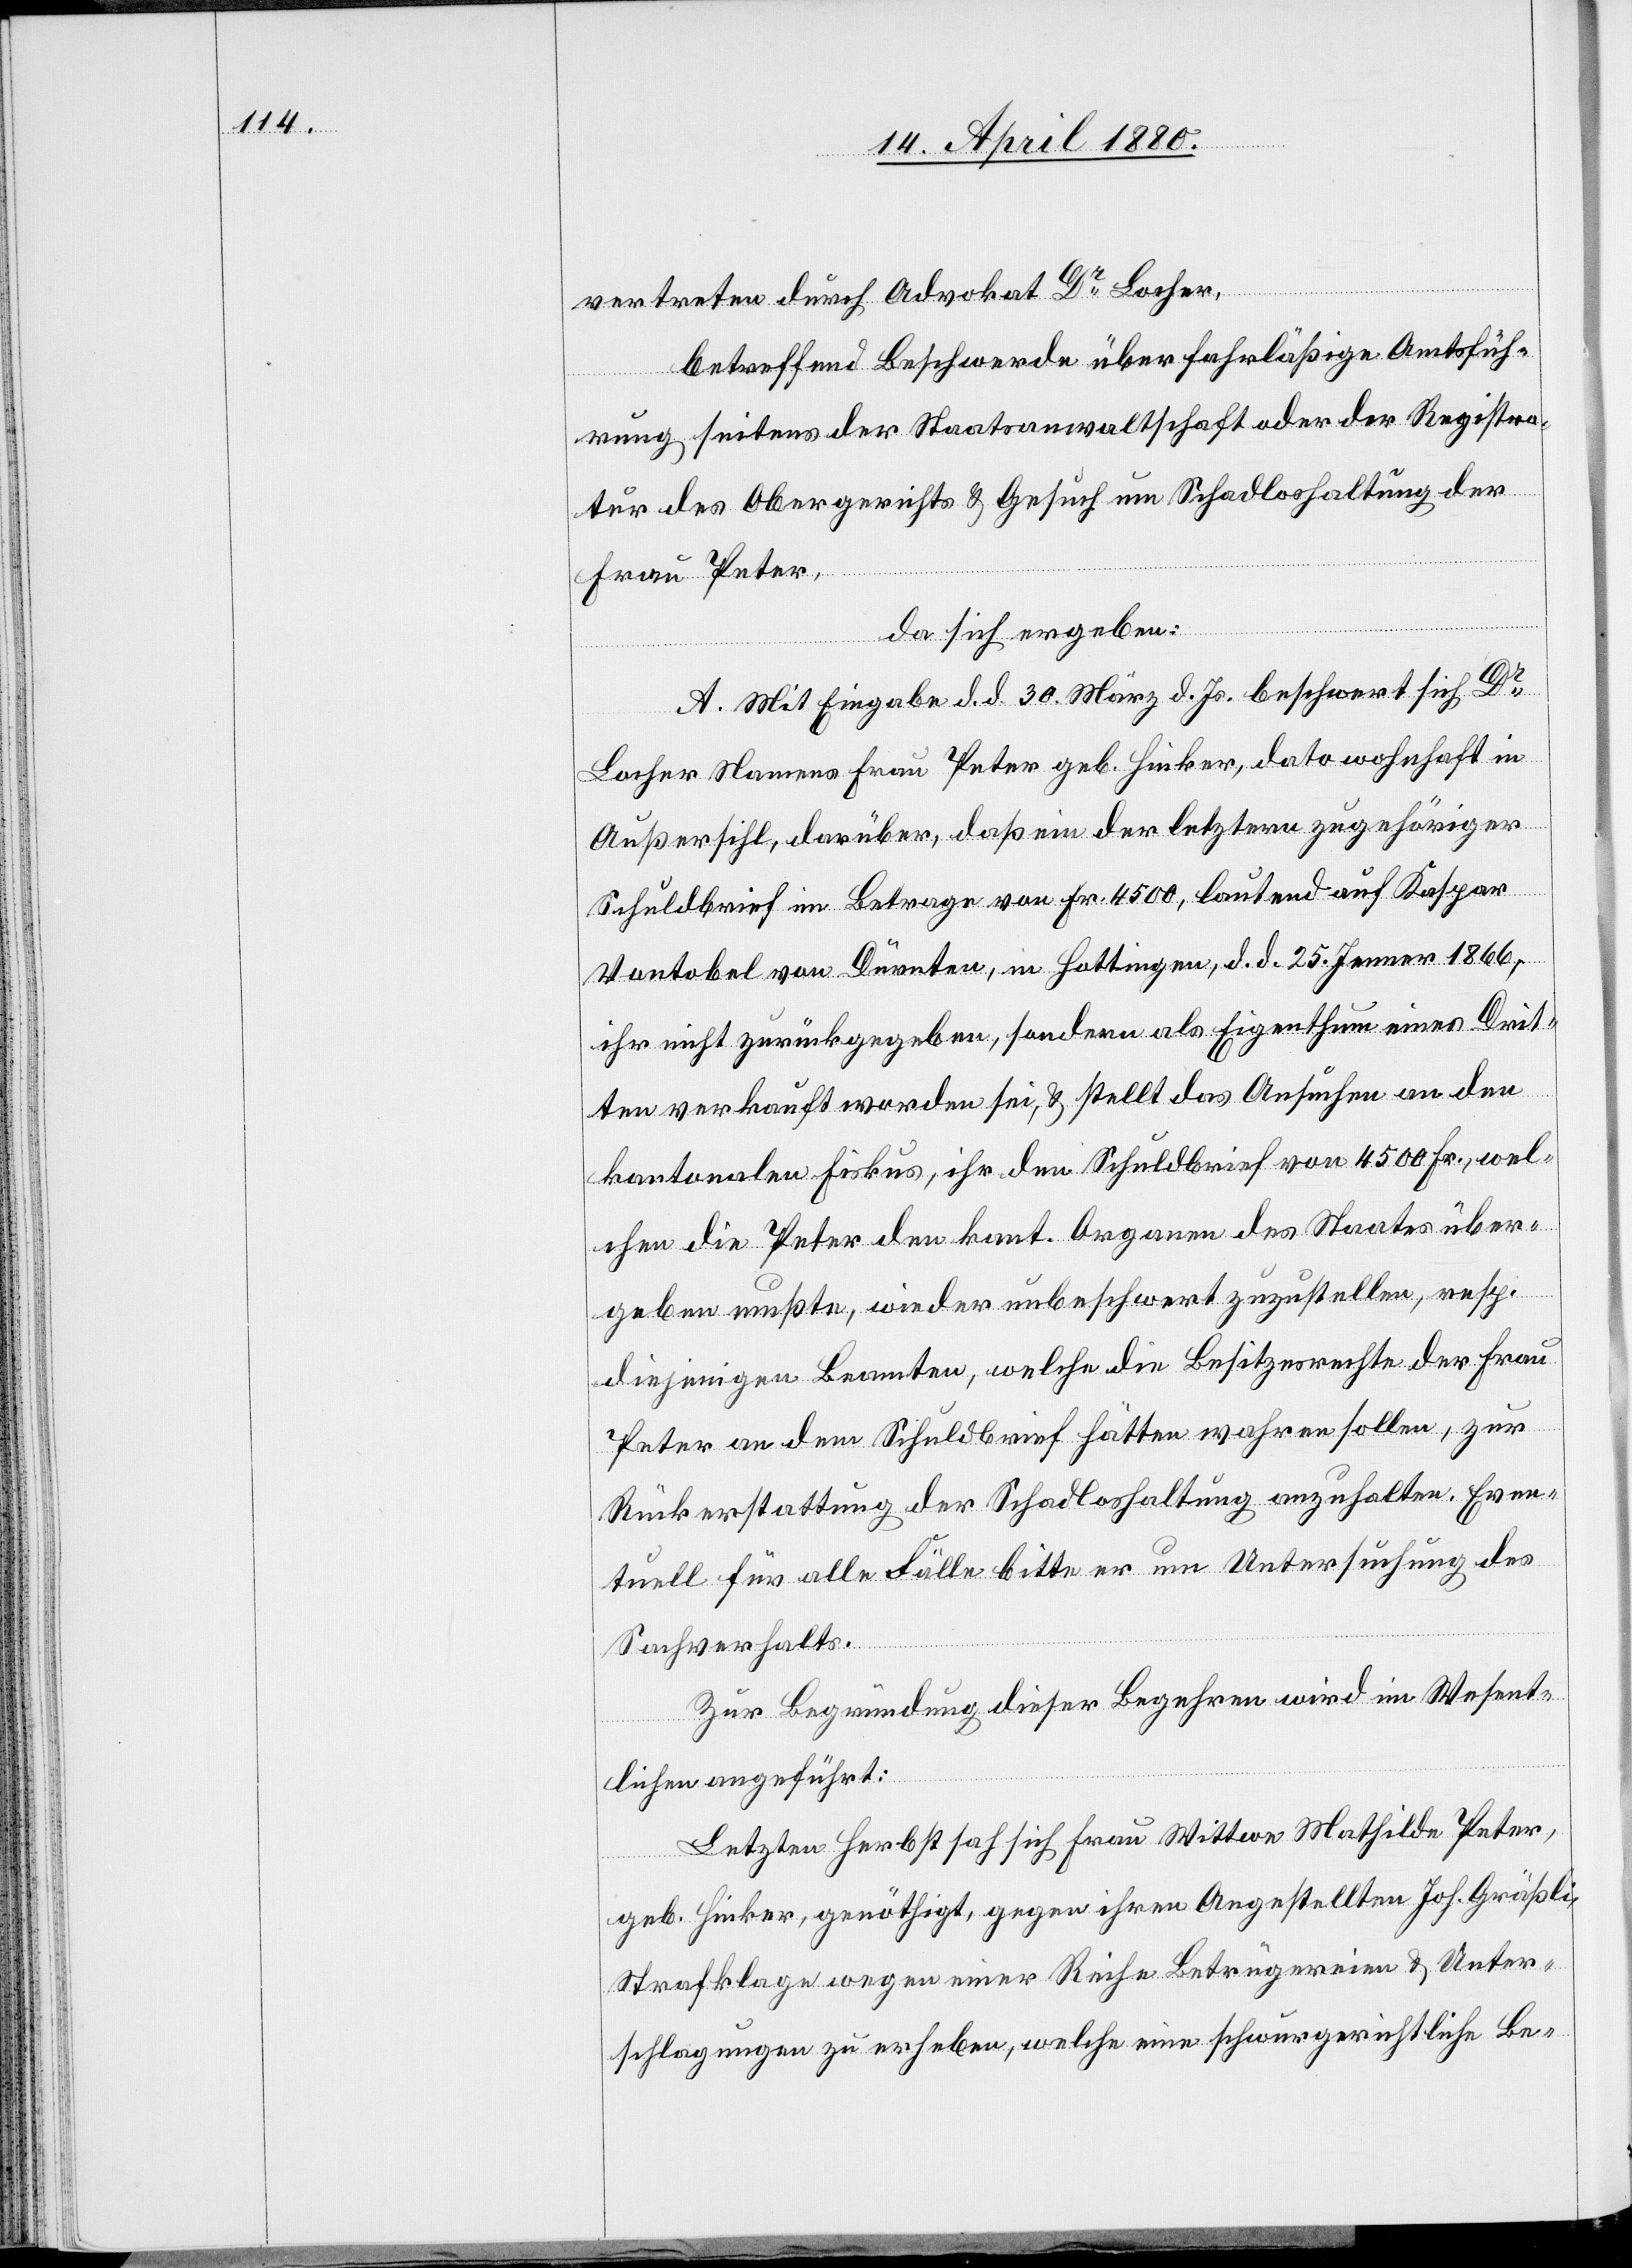
vertreten durch Advokat Dr Locher,
betreffend Beschwerde über fahrläßige Amtsfüh¬
rung seitens der Staatsanwaltschaft oder der Registra¬
tur des Obergerichts & Gesuch um Schadloshaltung der
Frau Peter,
da sich ergeben:
A. Mit Eingabe d. d. 30. März d. Js. beschwert sich Dr
Locher Namens Frau Peter geb. Hinker, dato wohnhaft in
Außersihl, darüber, daß ein der letztern zugehöriger
Schuldbrief im Betrage von Fr. 4500, lautend auf Kaspar
Vontobel von Dürnten, in Hottingen, d. d. 24. Jenner 1866,
ihr nicht zurückgegeben, sondern als Eigenthum eines Drit¬
ten verkauft worden sei, & stellt das Ansuchen an den
kantonalen Fiskus, ihr den Schuldbrief von 4500 Fr., wel¬
chen die Peter den kant. Organen des Staates über¬
geben mußte, wieder unbeschwert zuzustellen, resp.
diejenigen Beamten, welche die Besitzesrechte der Frau
Peter an dem Schuldbrief hätten wahren sollen, zur
Rückerstattung [o]der Schadloshaltung anzuhalten. Even¬
tuell für alle Fälle bitte er um Untersuchung des
Sachverhaltes.
Zur Begründung dieser Begehren wird im Wesent¬
lichen angeführt:
Letzten Herbst sah sich Frau Wittwe Mathilde Peter,
geb. Hinker, genöthigt, gegen ihren Angestellten Joh. Gräßli,
Strafklage wegen einer Reihe Betrügereien & Unter¬
schlagungen zu erheben, welche eine schwurgerichtliche Be-